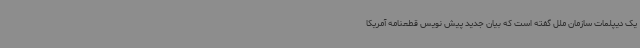
یک دیپلمات سازمان ملل گفته است که بیان جدید پیش نویس قطعنامه آمریکا